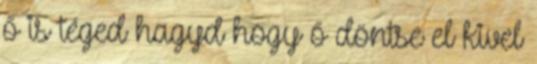
ő is téged hagyd hogy ő döntse el kivel